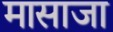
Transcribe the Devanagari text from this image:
मासाजा